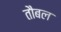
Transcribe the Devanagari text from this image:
तौबल